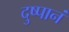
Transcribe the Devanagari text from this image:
दुष्पानं